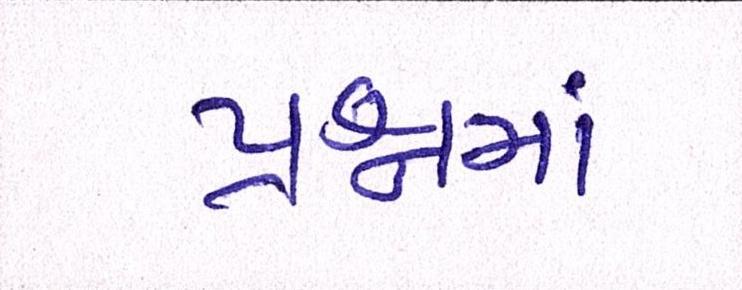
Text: પ્રશ્નમાં